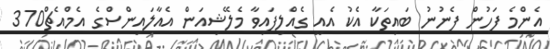
އެންމެ ފަހުން ފެނުނު ބައިތަކާ އެކު އެއީ ގެއްލިފައިވާ މެލޭޝިއަން އެއާލައިންސްގެ އެމްއެޗް370